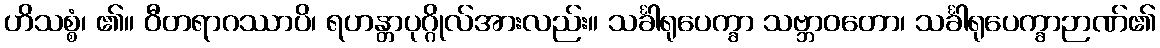
ဟိသစ္စံ၊ ၏။ ဝီတရာဂဿာပိ၊ ရဟန္တာပုဂ္ဂိုလ်အားလည်း။ သင်္ခါရုပေက္ခာ သဗ္ဘာဝတော၊ သင်္ခါရုပေက္ခာဉာဏ်၏